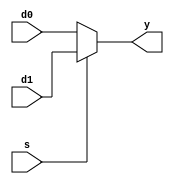
`timescale 1ns / 1ps
//////////////////////////////////////////////////////////////////////////////////
// Company: 
// Engineer: 
// 
// Design Name: 
// Module Name: mux2
// Project Name: 
// Target Devices: 
// Tool Versions: 
// Description: 
// 
// Dependencies: 
// 
// Revision:
// Revision 0.01 - File Created
// Additional Comments:
// 
//////////////////////////////////////////////////////////////////////////////////


module mux2#(parameter WIDTH=32)(
    input [WIDTH-1:0] d0, d1,
    input s,
    output [WIDTH-1:0] y);

    assign y = s?d1:d0;
endmodule